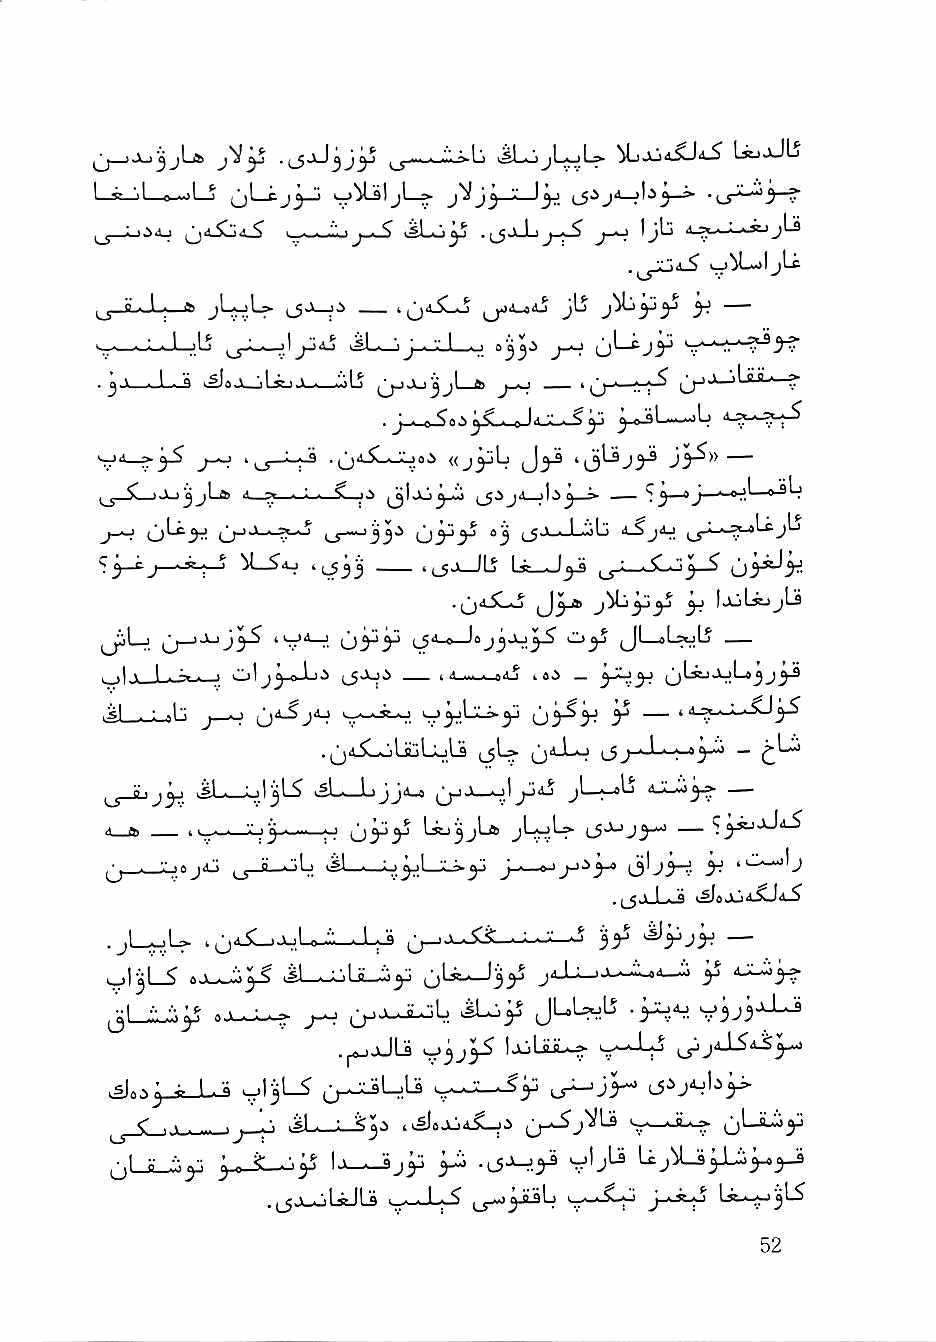
L(ujJl5
 I—se_jl__o_o!_j (jL_Cj^_j iJ^Lsljl—* —j|j^—» •;_5-'^_9 ?
 ^ LiiAj                    jJ-i  j-^ 1 jtj 4-^., ; . V I jLs
 fl • ^ • ^ ^_g>v  i     ^^jjiuprtj ^L> ^ y^ ~~
 •-■—•-i-iJ—;Ij   jL-—jj. '.'.l_..,i jy^ sr^'-.'. '"? ''y^
 . ^ V . I ■ k^aJwiLssjJL-i—jLj b ~~ 11[/"'~.'.' ^ ij-" ' " ?
 .        0 Irt-V-.,''^ ^-a-9L....-'L> J ^
 V^—                         ij>^          —
 ^   ^  J" '■
 <?^_e.j— ^L_^4j '1^33 .^O-JLJ            (ji^>i
 ■ y~^j— ' i*— '^?33 — «,_5j—/L? Us—j^j   ijy^y^-
 .              3J f^jl^a jbs
 ^L-j ^j—        Uyy (_54_o_Jaj^Ju^ O3J Jl—»L^Ij
 0I33 o 1 1^
 I <s_«_^4j k ai _ 3-^.34
 ^jbl-ik- 3J (j 3.S 3J 3J ' a-^«-Lk
 •j      k_
 .QaiLoLsjLoLs lsU- o''-^ ijj-'-^-'^'y-^ —
 ,sl ■ : ■!jl ^ kSL-JjjJa-a V , • 11^4j jL » ab —
 jyi        kSU-Ujja-a                 —
 a »  k i_—^'.Li^-...—•-' ^^34 Lsj^jLa jLoU>- (_$Jjj3.-:
 ^j__:oaja:; ._5-ji-^b JL-_o^LjLi.3i j-_a-.3-.i^ oUi-H ^ '^'j
 jjj ' I ■ a k^aJkja^Ja.^
 -•--•■• i'r ^yj3^ —
 ^3^ jU^335           35
 0 Jl^mJ
 3-0       kil^^ JUUilS -3^04^ V3j3-^
 .pP-jaJLs v3j3^ lAiUii-^
 1 .a kjl^L^                   (JijAjb^
 ^ <" I > . ... ■ "■ kiL.__»_S3a ik^aJLji^—ja U~^j^Ls s^,' ***^ t_)^ *"'3^
 ^LjLJi3:i             p  ■lS-^3^ v'j^ UjM.jpi3-,p
 .^JuOUJU     j_5-jpb     j-p^ l*-?-'3'-^